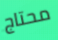
محتاج